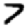
Digit: 7